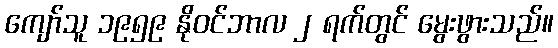
ကျော်သူ ၁၉၅၉ နိုဝင်ဘာလ ၂ ရက်တွင် မွေးဖွားသည်။